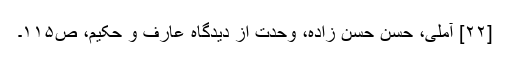
[۲۲] آملی، حسن حسن زادہ، وحدت از دیدگاه عارف و حکیم، ص‌۱۱۵۔